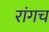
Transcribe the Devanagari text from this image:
रांगच